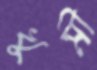
খুমী